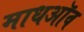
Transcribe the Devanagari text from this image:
माधऑव